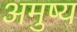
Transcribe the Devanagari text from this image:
अमुष्य